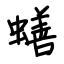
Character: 蟮